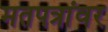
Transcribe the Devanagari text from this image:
मतपत्रांवर